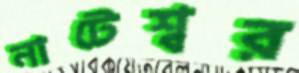
নাটেশ্বর